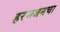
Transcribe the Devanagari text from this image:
हरभजनचा